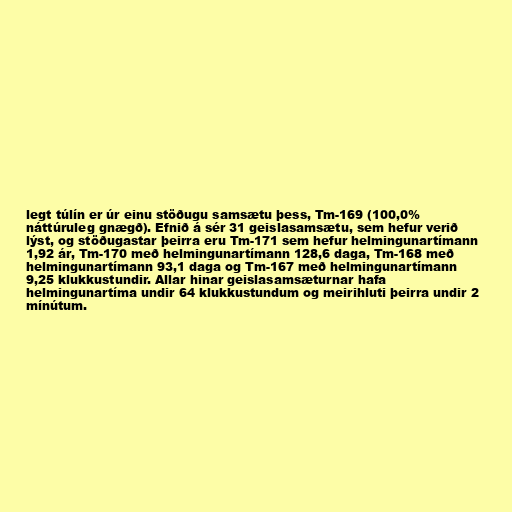
legt túlín er úr einu stöðugu samsætu þess, Tm-169 (100,0%
náttúruleg gnægð). Efnið á sér 31 geislasamsætu, sem hefur verið
lýst, og stöðugastar þeirra eru Tm-171 sem hefur helmingunartímann
1,92 ár, Tm-170 með helmingunartímann 128,6 daga, Tm-168 með
helmingunartímann 93,1 daga og Tm-167 með helmingunartímann
9,25 klukkustundir. Allar hinar geislasamsæturnar hafa
helmingunartíma undir 64 klukkustundum og meirihluti þeirra undir 2
mínútum.